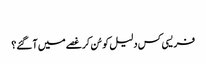
‏
فریسی کس دلیل کو سُن کر غصے میں آ گئے؟